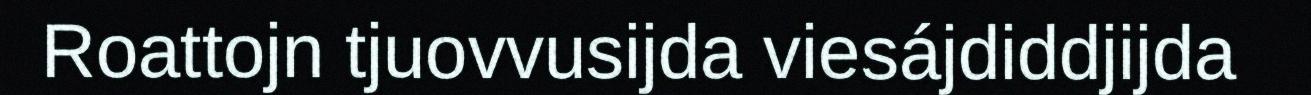
Roattojn tjuovvusijda viesájdiddjijda